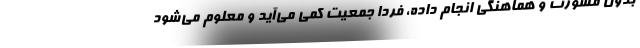
بدون مشورت و هماهنگی انجام داده، فردا جمعیت کمی می‌آید و معلوم می‌شود